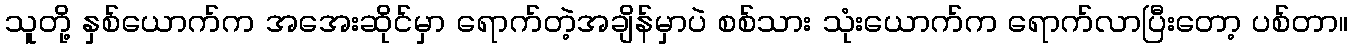
သူတို့ နှစ်ယောက်က အအေးဆိုင်မှာ ရောက်တဲ့အချိန်မှာပဲ စစ်သား သုံးယောက်က ရောက်လာပြီးတော့ ပစ်တာ။